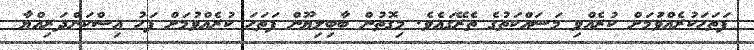
ފަތަހަކުރެއްވުަމަށް ކުރެއްވި މަސައްކަތުގެ ތެރޭގައެވެ. މިގޮތުން ބާބިލިޔޫން ފަތަހަ ކުރެއްވުމަށް ފަހު އިސްކަންދަރިއްޔާ